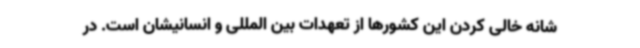
شانه خالی کردن این کشورها از تعهدات بین المللی و انسانیشان است. در